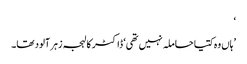
‘
’ہاں وہ کتیا حاملہ نہیں تھی‘ ڈاکٹر کا لہجہ زہر آلود تھا۔